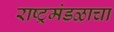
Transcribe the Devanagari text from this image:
राष्ट्रमंडळाचा